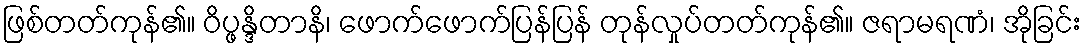
ဖြစ်တတ်ကုန်၏။ ဝိပ္ဖန္ဒိတာနိ၊ ဖောက်ဖောက်ပြန်ပြန် တုန်လှုပ်တတ်ကုန်၏။ ဇရာမရဏံ၊ အိုခြင်း